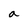
Character: a